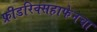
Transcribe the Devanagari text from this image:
फ्रीडरिक्सहाफेनचा